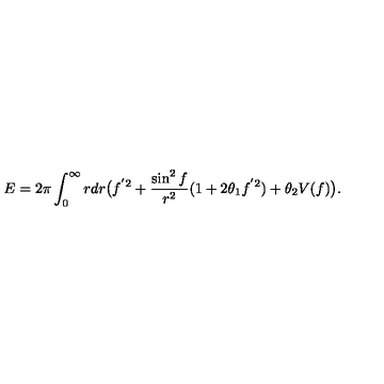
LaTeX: E = 2 \pi \int _ { 0 } ^ { \infty } r d r \big ( f ^ { ' 2 } + \frac { \sin ^ { 2 } f } { r ^ { 2 } } ( 1 + 2 \theta _ { 1 } f ^ { ' 2 } ) + \theta _ { 2 } V ( f ) \big ) .